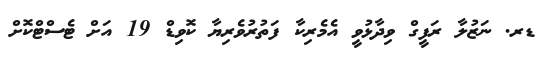
ޑރ. ނަޒުލާ ރަފީގް ވިދާޅުވީ އެމެރިކާ ފަތުރުވެރިޔާ ކޮވިޑް 19 އަށް ޓެސްޓްކޮށް